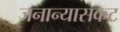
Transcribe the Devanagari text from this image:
जनान्यासकट